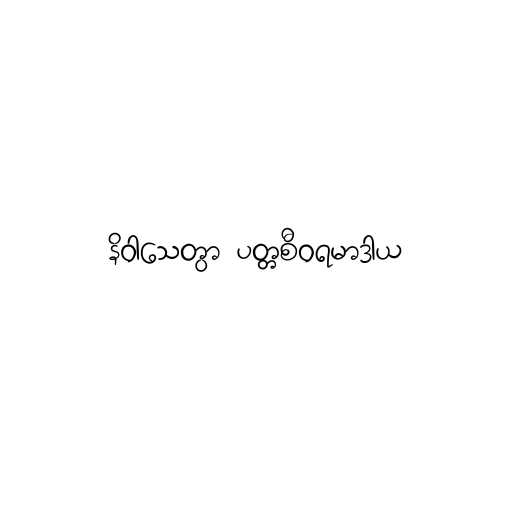
နိဝါသေတွာ ပတ္တစီဝရမာဒါယ